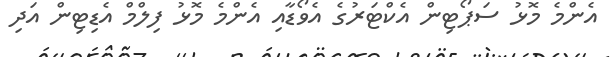
އެންމެ މޮޅު ސަޕޯޓިން އެކްޓަރުގެ އެވޯޑާއި އެންމެ މޮޅު ފިލްމް އެޑިޓިން އަދި